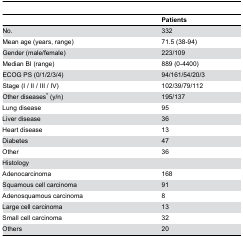
|  | Patients |
 | --- | --- |
 | No. | 332 |
 | Mean age (years, range) | 71.5 (38-94) |
 | Gender (male/female) | 223/109 |
 | Median BI (range) | 889 (0-4400) |
 | ECOG PS (0/1/2/3/4) | 94/161/54/20/3 |
 | Stage (I / II / III / IV) | 102/39/79/112 |
 | Other diseases* (y/n) | 195/137 |
 | Lung disease | 95 |
 | Liver disease | 36 |
 | Heart disease | 13 |
 | Diabetes | 47 |
 | Other | 36 |
 | Histology |  |
 | Adenocarcinoma | 168 |
 | Squamous cell carcinoma | 91 |
 | Adenosquamous carcinoma | 8 |
 | Large cell carcinoma | 13 |
 | Small cell carcinoma | 32 |
 | Others | 20 |